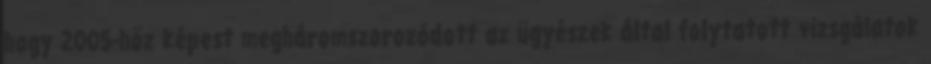
hogy 2005-höz képest megháromszorozódott az ügyészek által folytatott vizsgálatok